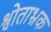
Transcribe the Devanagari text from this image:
श्वोताभ्रक